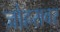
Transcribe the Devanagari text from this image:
जोहरावर